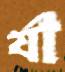
র‍্যা